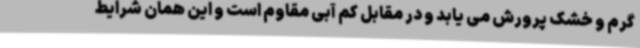
گرم و خشک پرورش می یابد و در مقابل کم آبی مقاوم است و این همان شرایط